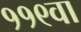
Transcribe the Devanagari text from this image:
११९वा